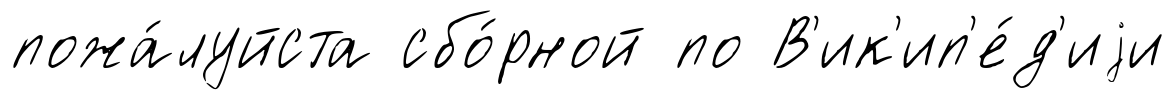
пожа́луйста сбо́рной по В'ик'ип'е́д'иjи